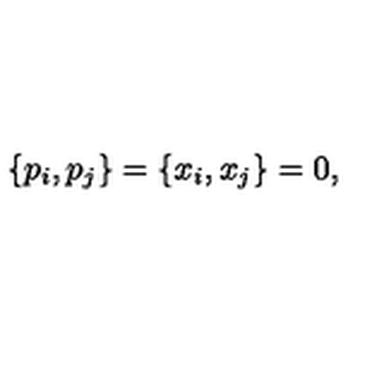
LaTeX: \{ p _ { i } , p _ { j } \} = \{ x _ { i } , x _ { j } \} = 0 , \mathrm { }